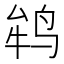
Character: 𱉲